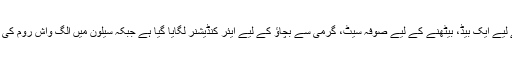
سپیشل سیلون میں آرام کے لیے ایک بیڈ، بیٹھنے کے لیے صوفہ سیٹ، گرمی سے بچاؤ کے لیے ایئر کنڈیشنر لگایا گیا ہے جبکہ سیلون میں الگ واش روم کی سہولت بھی موجود ہو گی۔